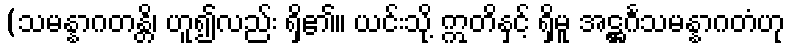
(သမန္နာဂတန္တိ၊ ဟူ၍လည်း ရှိ၏။ ယင်းသို့ ဣတိနှင့် ရှိမူ အဋ္ဌင်္ဂသမန္နာဂတံဟု